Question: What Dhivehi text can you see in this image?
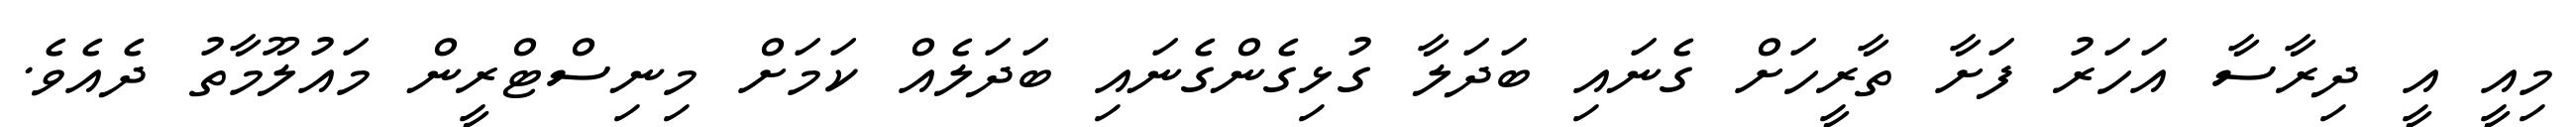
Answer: މިއީ އީ ދިރާސާ އަހަރު ފަށާ ތާރީހަށް ގެނައި ބަދަލާ ގުޅިގެންގެނައި ބަދަލެއް ކަމަށް މިނިސްޓްރީން މައުލޫމާތު ދެއެވެ.